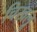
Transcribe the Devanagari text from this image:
चिखलू